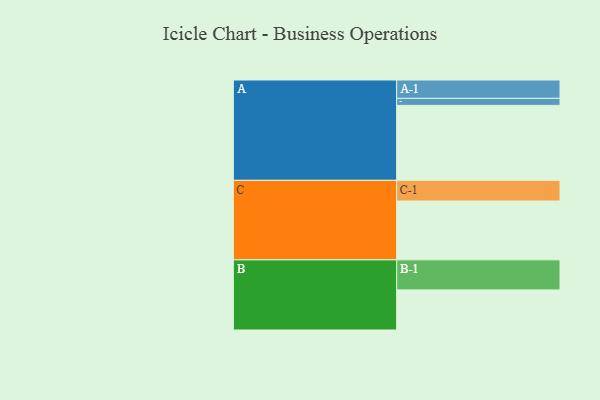
{"axis": {"x": "Segment", "y": "Value"}, "legend": ["", "A", "B", "C"], "data": [{"x": "A", "y": 576, "type": ""}, {"x": "B", "y": 308, "type": ""}, {"x": "C", "y": 452, "type": ""}, {"x": "A-1", "y": 141, "type": "A"}, {"x": "A-2", "y": 54, "type": "A"}, {"x": "B-1", "y": 231, "type": "B"}, {"x": "C-1", "y": 159, "type": "C"}]}